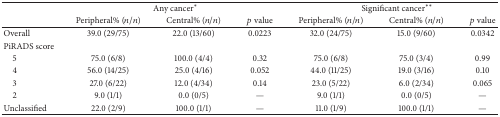
<table><thead><tr><td rowspan="2"></td><td colspan="3"><b>Any cancer<sup><i>∗</i></sup></b></td><td colspan="3"><b>Significant cancer<sup><i>∗∗</i></sup></b></td></tr><tr><td><b>Peripheral% (<i>n</i>/<i>n</i>)</b></td><td><b>Central% (<i>n</i>/<i>n</i>)</b></td><td><b><i>p</i> value</b></td><td><b>Peripheral% (<i>n</i>/<i>n</i>)</b></td><td><b>Central% (<i>n</i>/<i>n</i>)</b></td><td><b><i>p</i> value</b></td></tr></thead><tbody><tr><td>Overall</td><td>39.0 (29/75)</td><td>22.0 (13/60)</td><td>0.0223</td><td>32.0 (24/75)</td><td>15.0 (9/60)</td><td>0.0342</td></tr><tr><td>PiRADS score</td><td> </td><td> </td><td> </td><td> </td><td> </td><td> </td></tr><tr><td> 5</td><td>75.0 (6/8)</td><td>100.0 (4/4)</td><td>0.32</td><td>75.0 (6/8)</td><td>75.0 (3/4)</td><td>0.99</td></tr><tr><td> 4</td><td>56.0 (14/25)</td><td>25.0 (4/16)</td><td>0.052</td><td>44.0 (11/25)</td><td>19.0 (3/16)</td><td>0.10</td></tr><tr><td> 3</td><td>27.0 (6/22)</td><td>12.0 (4/34)</td><td>0.14</td><td>23.0 (5/22)</td><td>6.0 (2/34)</td><td>0.065</td></tr><tr><td> 2</td><td>9.0 (1/1)</td><td>0.0 (0/5)</td><td>—</td><td>9.0 (1/1)</td><td>0.0 (0/5)</td><td>—</td></tr><tr><td> Unclassified</td><td>22.0 (2/9)</td><td>100.0 (1/1)</td><td>—</td><td>11.0 (1/9)</td><td>100.0 (1/1)</td><td>—</td></tr></tbody></table>